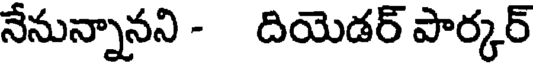
నేనున్నానని - దియెడర్ పార్కర్